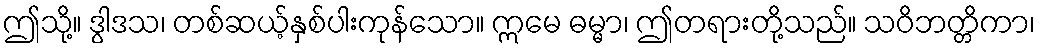
ဤသို့။ ဒွါဒသ၊ တစ်ဆယ့်နှစ်ပါးကုန်သော။ ဣမေ ဓမ္မာ၊ ဤတရားတို့သည်။ သဝိဘတ္တိကာ၊